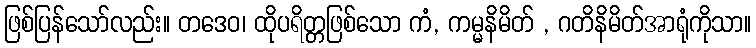
ဖြစ်ပြန်သော်လည်း။ တဒေဝ၊ ထိုပရိတ္တဖြစ်သော ကံ, ကမ္မနိမိတ် , ဂတိနိမိတ်အာရုံကိုသာ။